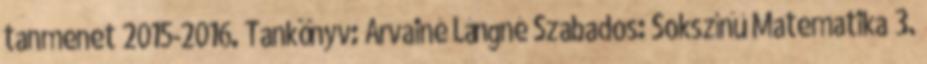
tanmenet 2015-2016. Tankönyv: Árvainé Lángné Szabados: Sokszínű Matematika 3.